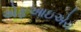
એફઆઇએચ